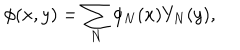
\phi ( x , y ) = \sum _ { N } \phi _ { N } ( x ) Y _ { N } ( y ) ,